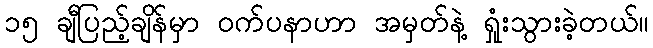
၁၅ ချီပြည့်ချိန်မှာ ဝက်ပနာဟာ အမှတ်နဲ့ ရှုံးသွားခဲ့တယ်။